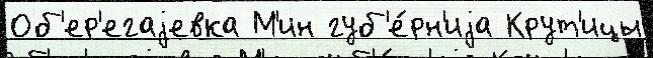
Об'ер'егаjевка М'ин губ'е́рн'иjа Крут'ицы